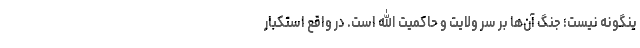
ینگونه نیست؛ جنگ آن‌ها بر سر ولایت و حاکمیت الله است. در واقع استکبار